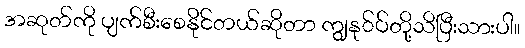
အဆုတ်ကို ပျက်စီးစေနိုင်တယ်ဆိုတာ ကျွနု်ပ်တို့သိပြီးသားပါ။